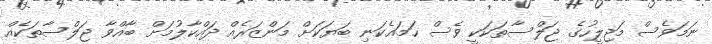
ނަމަވެސް މަޖިލީހުގެ ޖަލްސާތަކަކީ ވެސް ހަމައެކަނި ބަޔަކަށް މަންޒަރެއް ދައްކާލުމަށް ބާއްވާ ޖަލްސާތަކެއް